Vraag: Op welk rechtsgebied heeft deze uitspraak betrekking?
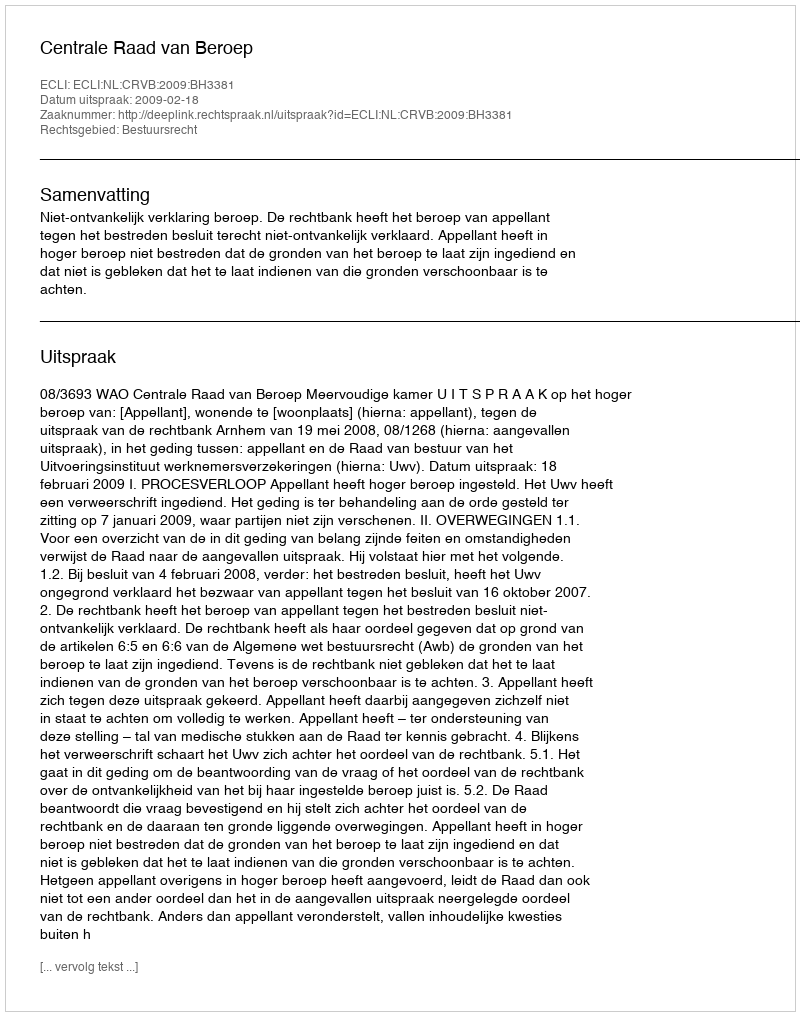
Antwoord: Bestuursrecht